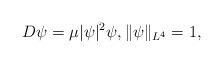
LaTeX: \begin{align*}D\psi=\mu|\psi|^2\psi,\|\psi\|_{L^4}=1,\end{align*}